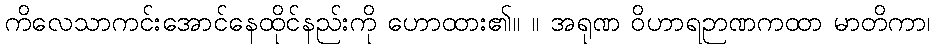
ကိလေသာကင်းအောင်နေထိုင်နည်းကို ဟောထား၏။ ။ အရုဏ ဝိဟာရဉာဏကထာ မာတိကာ၊